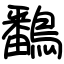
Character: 鷭